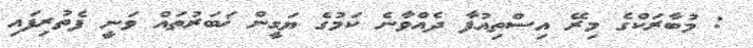
: މުބާރަކްގެ މިރޭ އިސްތިއުފާ ދެއްވާނެ ކަމުގެ ޔަގީން ޚަބަރުތައް ވަނީ ފެތުރިފައި